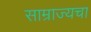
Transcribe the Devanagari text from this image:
साम्राज्यचा